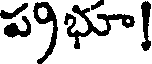
ప్రభూ!